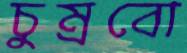
চুম্‌রবো